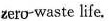
zero-waste life.